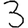
Digit: 3